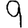
Digit: 9